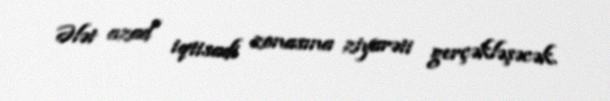
Ələt azad iqtisadi zonasına ziyarəti gerçəkləşəcək.